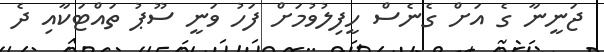
ޖަނީނާ ގެ އަށް ގެނެސް ހީފިލުވުމަށް ފަހު ވަނީ ސޫޕު ތައްޓަކާއި ދެ